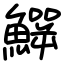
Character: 𩻙